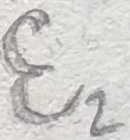
Text: E2